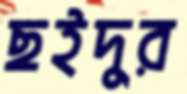
ছইদুর